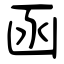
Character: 函